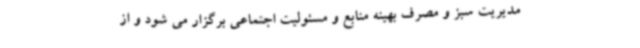
مدیریت سبز و مصرف بهینه منابع و مسئولیت اجتماعی برگزار می شود و از